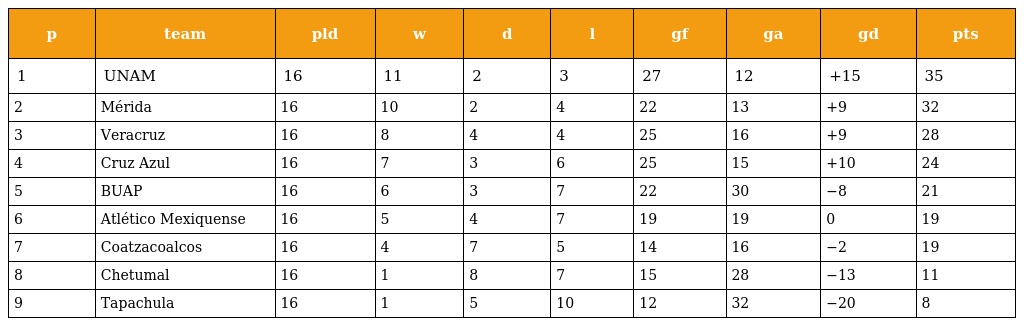
| p | team | pld | w | d | l | gf | ga | gd | pts |
 | --- | --- | --- | --- | --- | --- | --- | --- | --- | --- |
 | 1 | UNAM | 16 | 11 | 2 | 3 | 27 | 12 | +15 | 35 |
 | 2 | Mérida | 16 | 10 | 2 | 4 | 22 | 13 | +9 | 32 |
 | 3 | Veracruz | 16 | 8 | 4 | 4 | 25 | 16 | +9 | 28 |
 | 4 | Cruz Azul | 16 | 7 | 3 | 6 | 25 | 15 | +10 | 24 |
 | 5 | BUAP | 16 | 6 | 3 | 7 | 22 | 30 | −8 | 21 |
 | 6 | Atlético Mexiquense | 16 | 5 | 4 | 7 | 19 | 19 | 0 | 19 |
 | 7 | Coatzacoalcos | 16 | 4 | 7 | 5 | 14 | 16 | −2 | 19 |
 | 8 | Chetumal | 16 | 1 | 8 | 7 | 15 | 28 | −13 | 11 |
 | 9 | Tapachula | 16 | 1 | 5 | 10 | 12 | 32 | −20 | 8 |